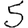
Digit: 5